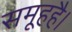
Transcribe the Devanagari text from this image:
समूहहै।